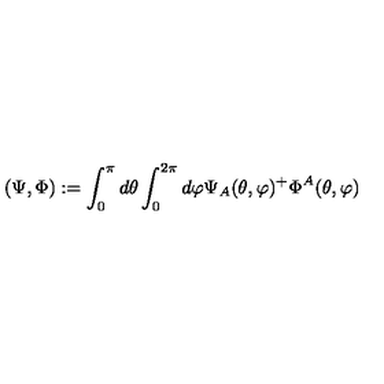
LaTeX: ( \Psi , \Phi ) : = \int _ { 0 } ^ { \pi } d \theta \int _ { 0 } ^ { 2 \pi } d \varphi \Psi _ { A } ( \theta , \varphi ) ^ { + } \Phi ^ { A } ( \theta , \varphi )